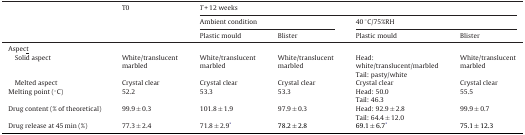
|  | T0 | <COLSPAN=4> T + 12 weeks |
 |  |  | <COLSPAN=2> Ambient condition | <COLSPAN=2> 40 °C/75%RH |
 |  |  | Plastic mould | Blister | Plastic mould | Blister |
 | --- | --- | --- | --- | --- | --- |
 | <COLSPAN=6> Aspec<underline>t</underline> |
 | Solid aspect | White/translucent marbled | White/translucent marbled | White/translucent marbled | Head: white/translucent/marbledTail: pasty/white | White/translucent marbled |
 | Melted aspect | Crystal clear | Crystal clear | Crystal clear | Crystal clear | Crystal clear |
 | Melting point (°C) | 52.2 | 53.3 | 53.3 | Head: 50.0Tail: 46.3 | 55.5 |
 | Drug content (% of theoretical) | 99.9 ± 0.3 | 101.8 ± 1.9 | 97.9 ± 0.3 | Head: 92.9 ± 2.8Tail: 64.4 ± 12.0 | 99.9 ± 0.7 |
 | Drug release at 45 min (%) | 77.3 ± 2.4 | 71.8 ± 2.9* | 78.2 ± 2.8 | 69.1 ± 6.7* | 75.1 ± 12.3 |